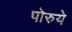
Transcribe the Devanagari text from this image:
पोरुये